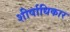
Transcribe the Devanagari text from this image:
शीर्षाधिकार